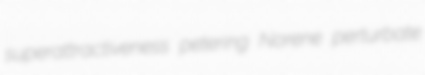
superattractiveness petering Norene perturbate